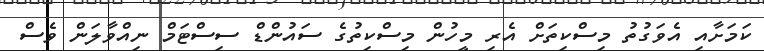
ކަމަށާއި އެވަގުތު މިސްކިތަށް އެރި މީހުން މިސްކިތުގެ ސައުންޑް ސިސްޓަމް ނިއްވާލަން ވެސް